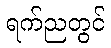
ရက်ညတွင်